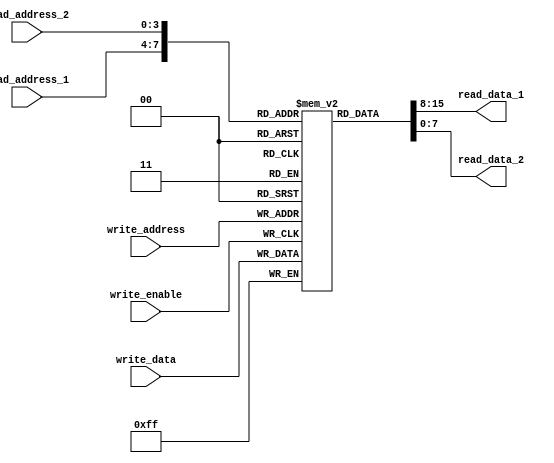
module dual_port_RAM(
    input [7:0] write_data,
    input [3:0] write_address,
    input write_enable,
    input [3:0] read_address_1,
    input [3:0] read_address_2,
    output reg [7:0] read_data_1,
    output reg [7:0] read_data_2
);

reg [7:0] ram [0:15];

always @ (posedge write_enable)
begin
    if(write_enable)
        ram[write_address] <= write_data;
end

assign read_data_1 = ram[read_address_1];
assign read_data_2 = ram[read_address_2];

endmodule